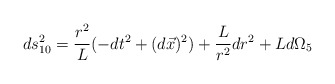
\begin{align*}ds^{2}_{10}= \frac{r^{2}}{L} (-dt^{2}+(d\vec{x})^{2})+ \frac{L}{r^{2}} dr^{2}+ L d\Omega_{5}\end{align*}